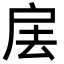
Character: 㧁